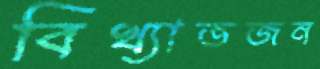
বিখ্যাতজন